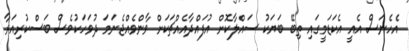
އެހެނަސް އެއީ އެކަޑަމީގައި ތިބޭ ބަޔަކު ސައްލާކޮށް އުފައްދާއެއްޗަކަށް ވާންވެއްޖެނަމަ ދުވަހަކުވެސް ބަސްކުރިއަރާ